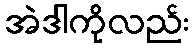
အဲဒါကိုလည်း